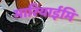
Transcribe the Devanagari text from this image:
मारियाईमि